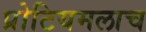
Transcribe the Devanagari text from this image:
प्रोटियमलाच